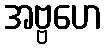
အဗ္ဗဟေ